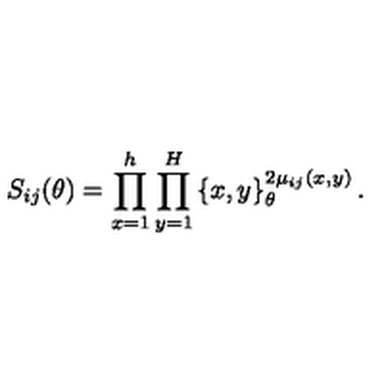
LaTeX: S _ { i j } ( \theta ) = \prod _ { x = 1 } ^ { h } \prod _ { y = 1 } ^ { H } \left\{ x , y \right\} _ { \theta } ^ { 2 \mu _ { i j } ( x , y ) } .